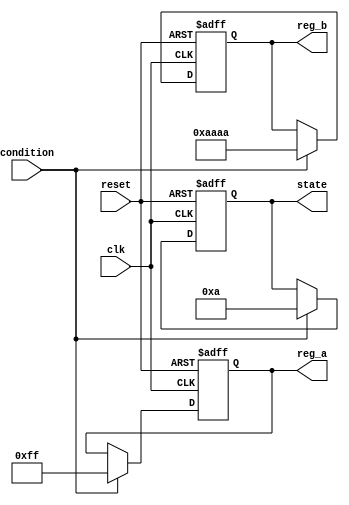
module conditional_initialization (
    input wire clk,           // Clock signal
    input wire reset,         // Reset signal
    input wire condition,     // Control signal for initialization
    output reg [7:0] reg_a,   // Register A
    output reg [15:0] reg_b,  // Register B
    output reg [3:0] state    // State variable
);

    // Initial block for simulation purposes
    initial begin
        reg_a = 8'b0;          // Initialize reg_a to 0
        reg_b = 16'b0;         // Initialize reg_b to 0
        state = 4'b0000;       // Initialize state to 0
    end

    // Always block for conditional initialization
    always @(posedge clk or posedge reset) begin
        if (reset) begin
            // Reset condition: reinitialize registers
            reg_a <= 8'b0;      // Reset reg_a to 0
            reg_b <= 16'b0;     // Reset reg_b to 0
            state <= 4'b0000;   // Reset state to 0
        end else if (condition) begin
            // Conditional initialization
            reg_a <= 8'hFF;      // Initialize reg_a to 255 (0xFF)
            reg_b <= 16'hAAAA;   // Initialize reg_b to 0xAAAA
            state <= 4'b1010;    // Initialize state to a specific value
        end
    end

endmodule